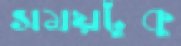
সময়টুকু